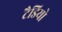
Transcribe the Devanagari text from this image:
टैडियो